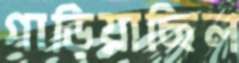
গাড়িয়াছিল